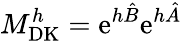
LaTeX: M_{\mathrm{DK}}^{h}=\mathrm{e}^{h\hat{B}}\mathrm{e}^{h\hat{A}}